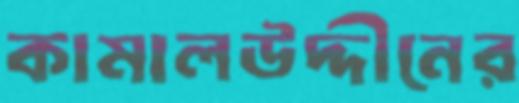
কামালউদ্দীনের